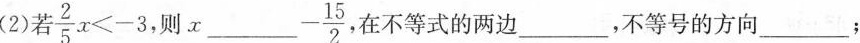
(2)若 $$\frac { 2 } { 5 } x < - 3$$ 则 x___- \frac{15}{2}在不等式的两边___，不等号的方向___；